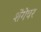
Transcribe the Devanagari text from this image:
शेंगेवर